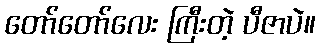
တော်တော်လေး ကြီးတဲ့ ပီဇာပဲ။